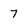
Character: 7